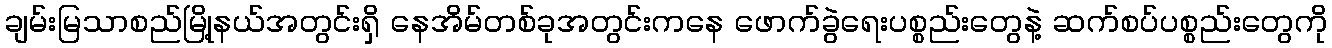
ချမ်းမြသာစည်မြို့နယ်အတွင်းရှိ နေအိမ်တစ်ခုအတွင်းကနေ ဖောက်ခွဲရေးပစ္စည်းတွေနဲ့ ဆက်စပ်ပစ္စည်းတွေကို